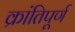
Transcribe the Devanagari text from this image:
क्रांतिपूर्ण